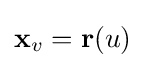
\mathbf {x} _{v}=\mathbf {r} (u)